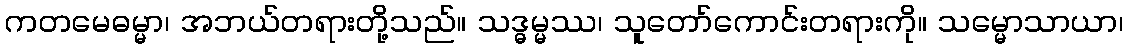
ကတမေဓမ္မာ၊ အဘယ်တရားတို့သည်။ သဒ္ဓမ္မဿ၊ သူတော်ကောင်းတရားကို။ သမ္မောသာယာ၊